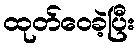
ထုတ်ဝေခဲ့ပြီး